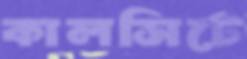
কালসিটে